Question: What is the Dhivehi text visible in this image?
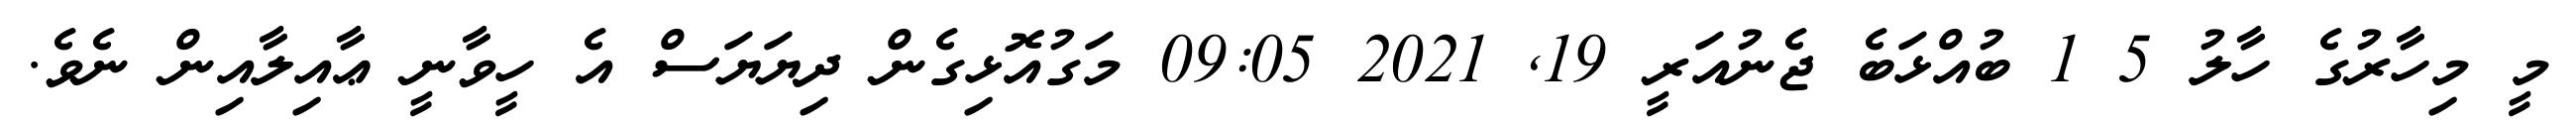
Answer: މީ މިހާރުގެ ހާލު 5 1 ބުއްޅަބެ ޖެނުއަރީ 19, 2021 09:05 މަގުއޮޅިގެން ދިޔަޔަސް އެ ހީވާނީ ޢާއިލާއިން ނެވެ.